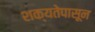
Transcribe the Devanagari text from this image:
शक्यतेपासून